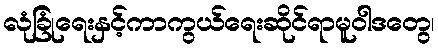
လုံခြုံရေးနှင့်ကာကွယ်ရေးဆိုင်ရာမူဝါဒတွေ၊